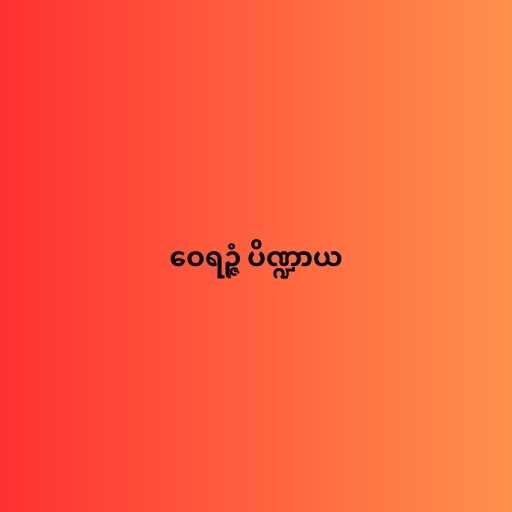
ဝေရဉ္ဇံ ပိဏ္ဍာယ